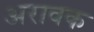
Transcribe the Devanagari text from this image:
अरावक